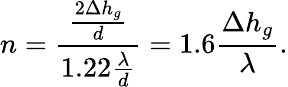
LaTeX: n=\frac{\frac{2\Delta h_{g}}{d}}{1.22\frac{\lambda}{d}}=1.6\frac{\Delta h_{g}}{\lambda}.